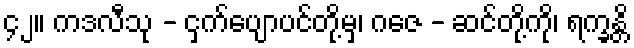
၄၂။ ကဒလီသု - ငှက်ပျောပင်တို့မှ၊ ဂဇေ - ဆင်တို့ကို၊ ရက္ခန္တိ